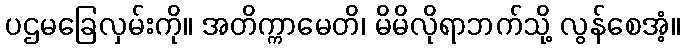
ပဌမခြေလှမ်းကို။ အတိက္ကာမေတိ၊ မိမိလိုရာဘက်သို့ လွန်စေအံ့။